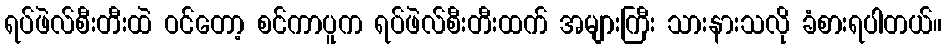
ရပ်ဖဲလ်စီးတီးထဲ ဝင်တော့ စင်ကာပူက ရပ်ဖဲလ်စီးတီးထက် အများကြီး သားနားသလို ခံစားရပါတယ်။